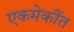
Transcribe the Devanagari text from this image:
एकमेकींत